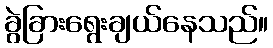
ခွဲခြားရွေးချယ်နေသည်။